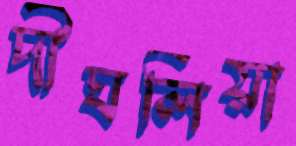
দীঘলিয়া